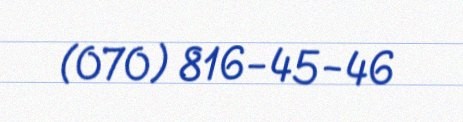
(070) 816-45-46